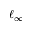
\ell _ { \infty }